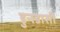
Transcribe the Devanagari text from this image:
डुनडासी